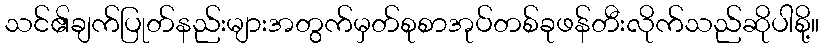
သင်၏ချက်ပြုတ်နည်းများအတွက်မှတ်စုစာအုပ်တစ်ခုဖန်တီးလိုက်သည်ဆိုပါစို့။